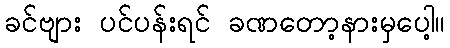
ခင်ဗျား ပင်ပန်းရင် ခဏတော့နားမှပေါ့။